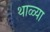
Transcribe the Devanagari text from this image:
थाळ्या